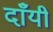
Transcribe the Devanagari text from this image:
दाँयी